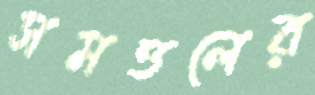
সমত্তলের